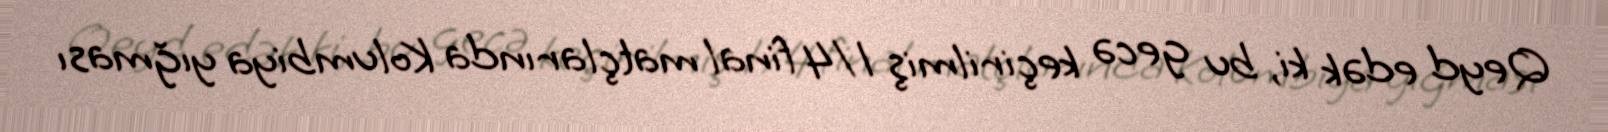
Qeyd edək ki, bu gecə keçirilmiş 1/4 final matçlarında Kolumbiya yığması